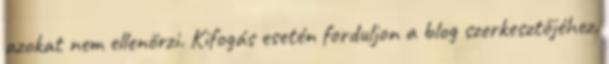
azokat nem ellenőrzi. Kifogás esetén forduljon a blog szerkesztőjéhez.